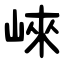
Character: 崍